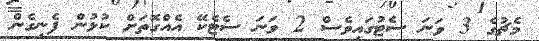
މެޗުގެ 3 ވަނަ ސެޓުގައިވެސް 2 ވަނަ ސެޓެކޭ އެއްގޮތަށް ކުޅުން ފެނިގެން